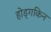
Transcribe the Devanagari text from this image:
होड्गकिन